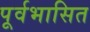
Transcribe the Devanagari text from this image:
पूर्वभासित